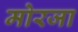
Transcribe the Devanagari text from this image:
मोरजा